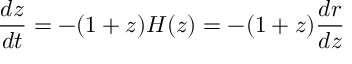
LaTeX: \frac { d z } { d t } = - ( 1 + z ) H ( z ) = - ( 1 + z ) \frac { d r } { d z }